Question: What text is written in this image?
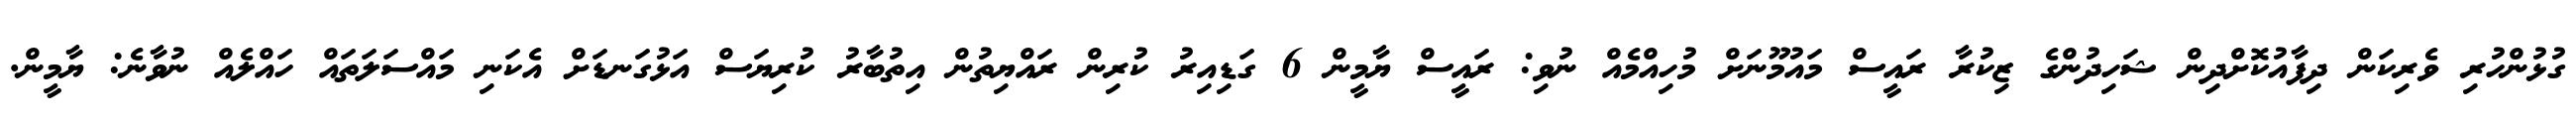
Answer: ގުޅުންހުރި ވެރިކަން ދިފާއުކޮށްދިން ޝަހިދުންގެ ޒިކުރާ ރައީސް މައުމޫނަށް މުހިއްމެއް ނުވި: ރައީސް ޔާމީން 6 ގަޑިއިރު ކުރިން ރައްޔިތުން އިތުބާރު ކުރިޔަސް އަޅުގަނޑަށް އެކަނި މައްސަލަތައް ހައްލެއް ނުވާނެ: ޔާމީން.